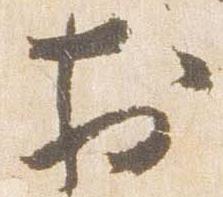
於